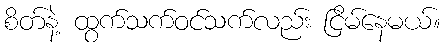
စိတ်နဲ့ ထွက်သက်ဝင်သက်လည်း ငြိမ်နေမယ်။